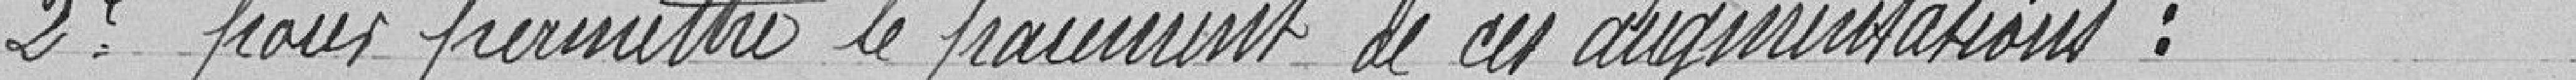
2 pour permettre le paiement de ces augmentations